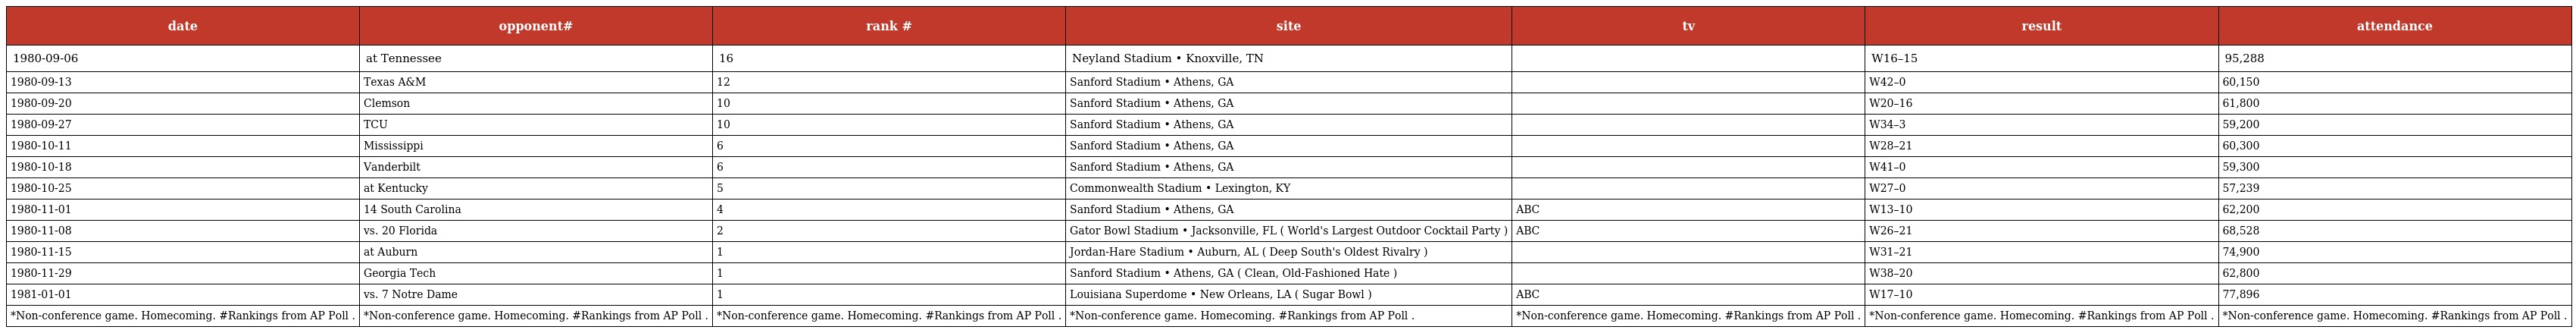
| date | opponent# | rank # | site | tv | result | attendance |
 | --- | --- | --- | --- | --- | --- | --- |
 | 1980-09-06 | at Tennessee | 16 | Neyland Stadium • Knoxville, TN |  | W16–15 | 95,288 |
 | 1980-09-13 | Texas A&M | 12 | Sanford Stadium • Athens, GA |  | W42–0 | 60,150 |
 | 1980-09-20 | Clemson | 10 | Sanford Stadium • Athens, GA |  | W20–16 | 61,800 |
 | 1980-09-27 | TCU | 10 | Sanford Stadium • Athens, GA |  | W34–3 | 59,200 |
 | 1980-10-11 | Mississippi | 6 | Sanford Stadium • Athens, GA |  | W28–21 | 60,300 |
 | 1980-10-18 | Vanderbilt | 6 | Sanford Stadium • Athens, GA |  | W41–0 | 59,300 |
 | 1980-10-25 | at Kentucky | 5 | Commonwealth Stadium • Lexington, KY |  | W27–0 | 57,239 |
 | 1980-11-01 | 14 South Carolina | 4 | Sanford Stadium • Athens, GA | ABC | W13–10 | 62,200 |
 | 1980-11-08 | vs. 20 Florida | 2 | Gator Bowl Stadium • Jacksonville, FL ( World's Largest Outdoor Cocktail Party ) | ABC | W26–21 | 68,528 |
 | 1980-11-15 | at Auburn | 1 | Jordan-Hare Stadium • Auburn, AL ( Deep South's Oldest Rivalry ) |  | W31–21 | 74,900 |
 | 1980-11-29 | Georgia Tech | 1 | Sanford Stadium • Athens, GA ( Clean, Old-Fashioned Hate ) |  | W38–20 | 62,800 |
 | 1981-01-01 | vs. 7 Notre Dame | 1 | Louisiana Superdome • New Orleans, LA ( Sugar Bowl ) | ABC | W17–10 | 77,896 |
 | *Non-conference game. Homecoming. #Rankings from AP Poll . | *Non-conference game. Homecoming. #Rankings from AP Poll . | *Non-conference game. Homecoming. #Rankings from AP Poll . | *Non-conference game. Homecoming. #Rankings from AP Poll . | *Non-conference game. Homecoming. #Rankings from AP Poll . | *Non-conference game. Homecoming. #Rankings from AP Poll . | *Non-conference game. Homecoming. #Rankings from AP Poll . |